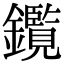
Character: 鑬